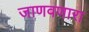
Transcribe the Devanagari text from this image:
जाणवणारा